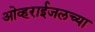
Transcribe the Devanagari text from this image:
ओव्हराईजलच्या